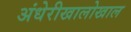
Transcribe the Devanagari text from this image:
अंधेरीखालोखाल